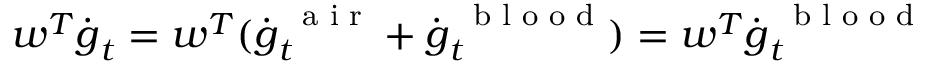
\boldsymbol w ^ { T } \dot { \boldsymbol g } _ { t } = \boldsymbol w ^ { T } ( \dot { \boldsymbol g } _ { t } ^ { \mathrm { ~ \scriptsize ~ a ~ i ~ r ~ } } + \dot { \boldsymbol g } _ { t } ^ { \mathrm { ~ \scriptsize ~ b ~ l ~ o ~ o ~ d ~ } } ) = \boldsymbol w ^ { T } \dot { \boldsymbol g } _ { t } ^ { \mathrm { ~ \scriptsize ~ b ~ l ~ o ~ o ~ d ~ } }